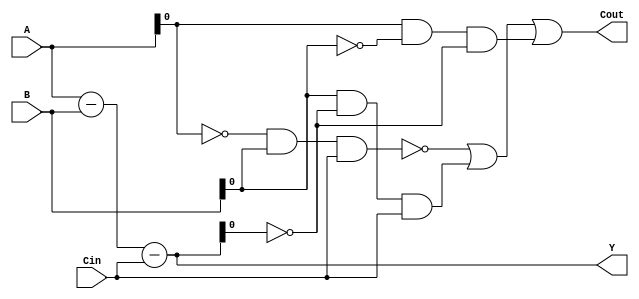
module gate_level_subtractor (
    input [3:0] A,
    input [3:0] B,
    input Cin,
    output [3:0] Y,
    output Cout
);

wire [3:0] D;
assign D = A - B - Cin;

assign Y = D;
assign Cout = ~((~A) & B & Cin) | (B & (~D) & Cin) | (A & (~B) & (~D));

endmodule